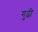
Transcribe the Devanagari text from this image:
गुढ़ी